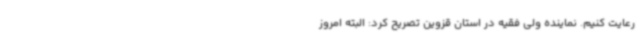
رعایت کنیم. نماینده ولی فقیه در استان قزوین تصریح کرد: البته امروز